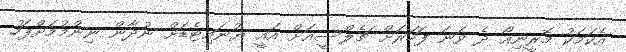
އެކަމަކު މޮރީނިއޯ ދެ ވަނަ ފަހަރަށް ޗެލްސީއަށް އައީ ޔުނައިޓެޑަށް ނުދާން ނިންމުމަށްފަހު